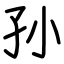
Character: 孙